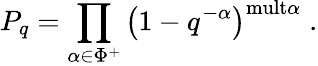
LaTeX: P_{q}=\prod_{\alpha\in\Phi^{+}}\left(1-q^{-\alpha}\right)^{\mathrm{mult}\alpha}\; .